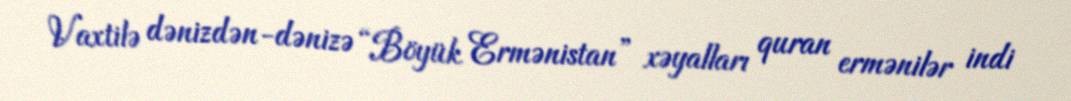
Vaxtilə dənizdən-dənizə “Böyük Ermənistan” xəyalları quran ermənilər indi